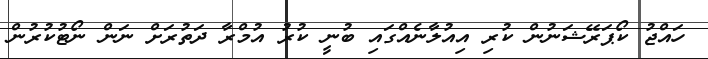
ހައްޖު ކޯޕަރޭޝަނުން ކުރި އިއުލާނެއްގައި ބުނީ ކުރު އުމްރާ ދަތުރަށް ނަން ނޯޓުކުރުން